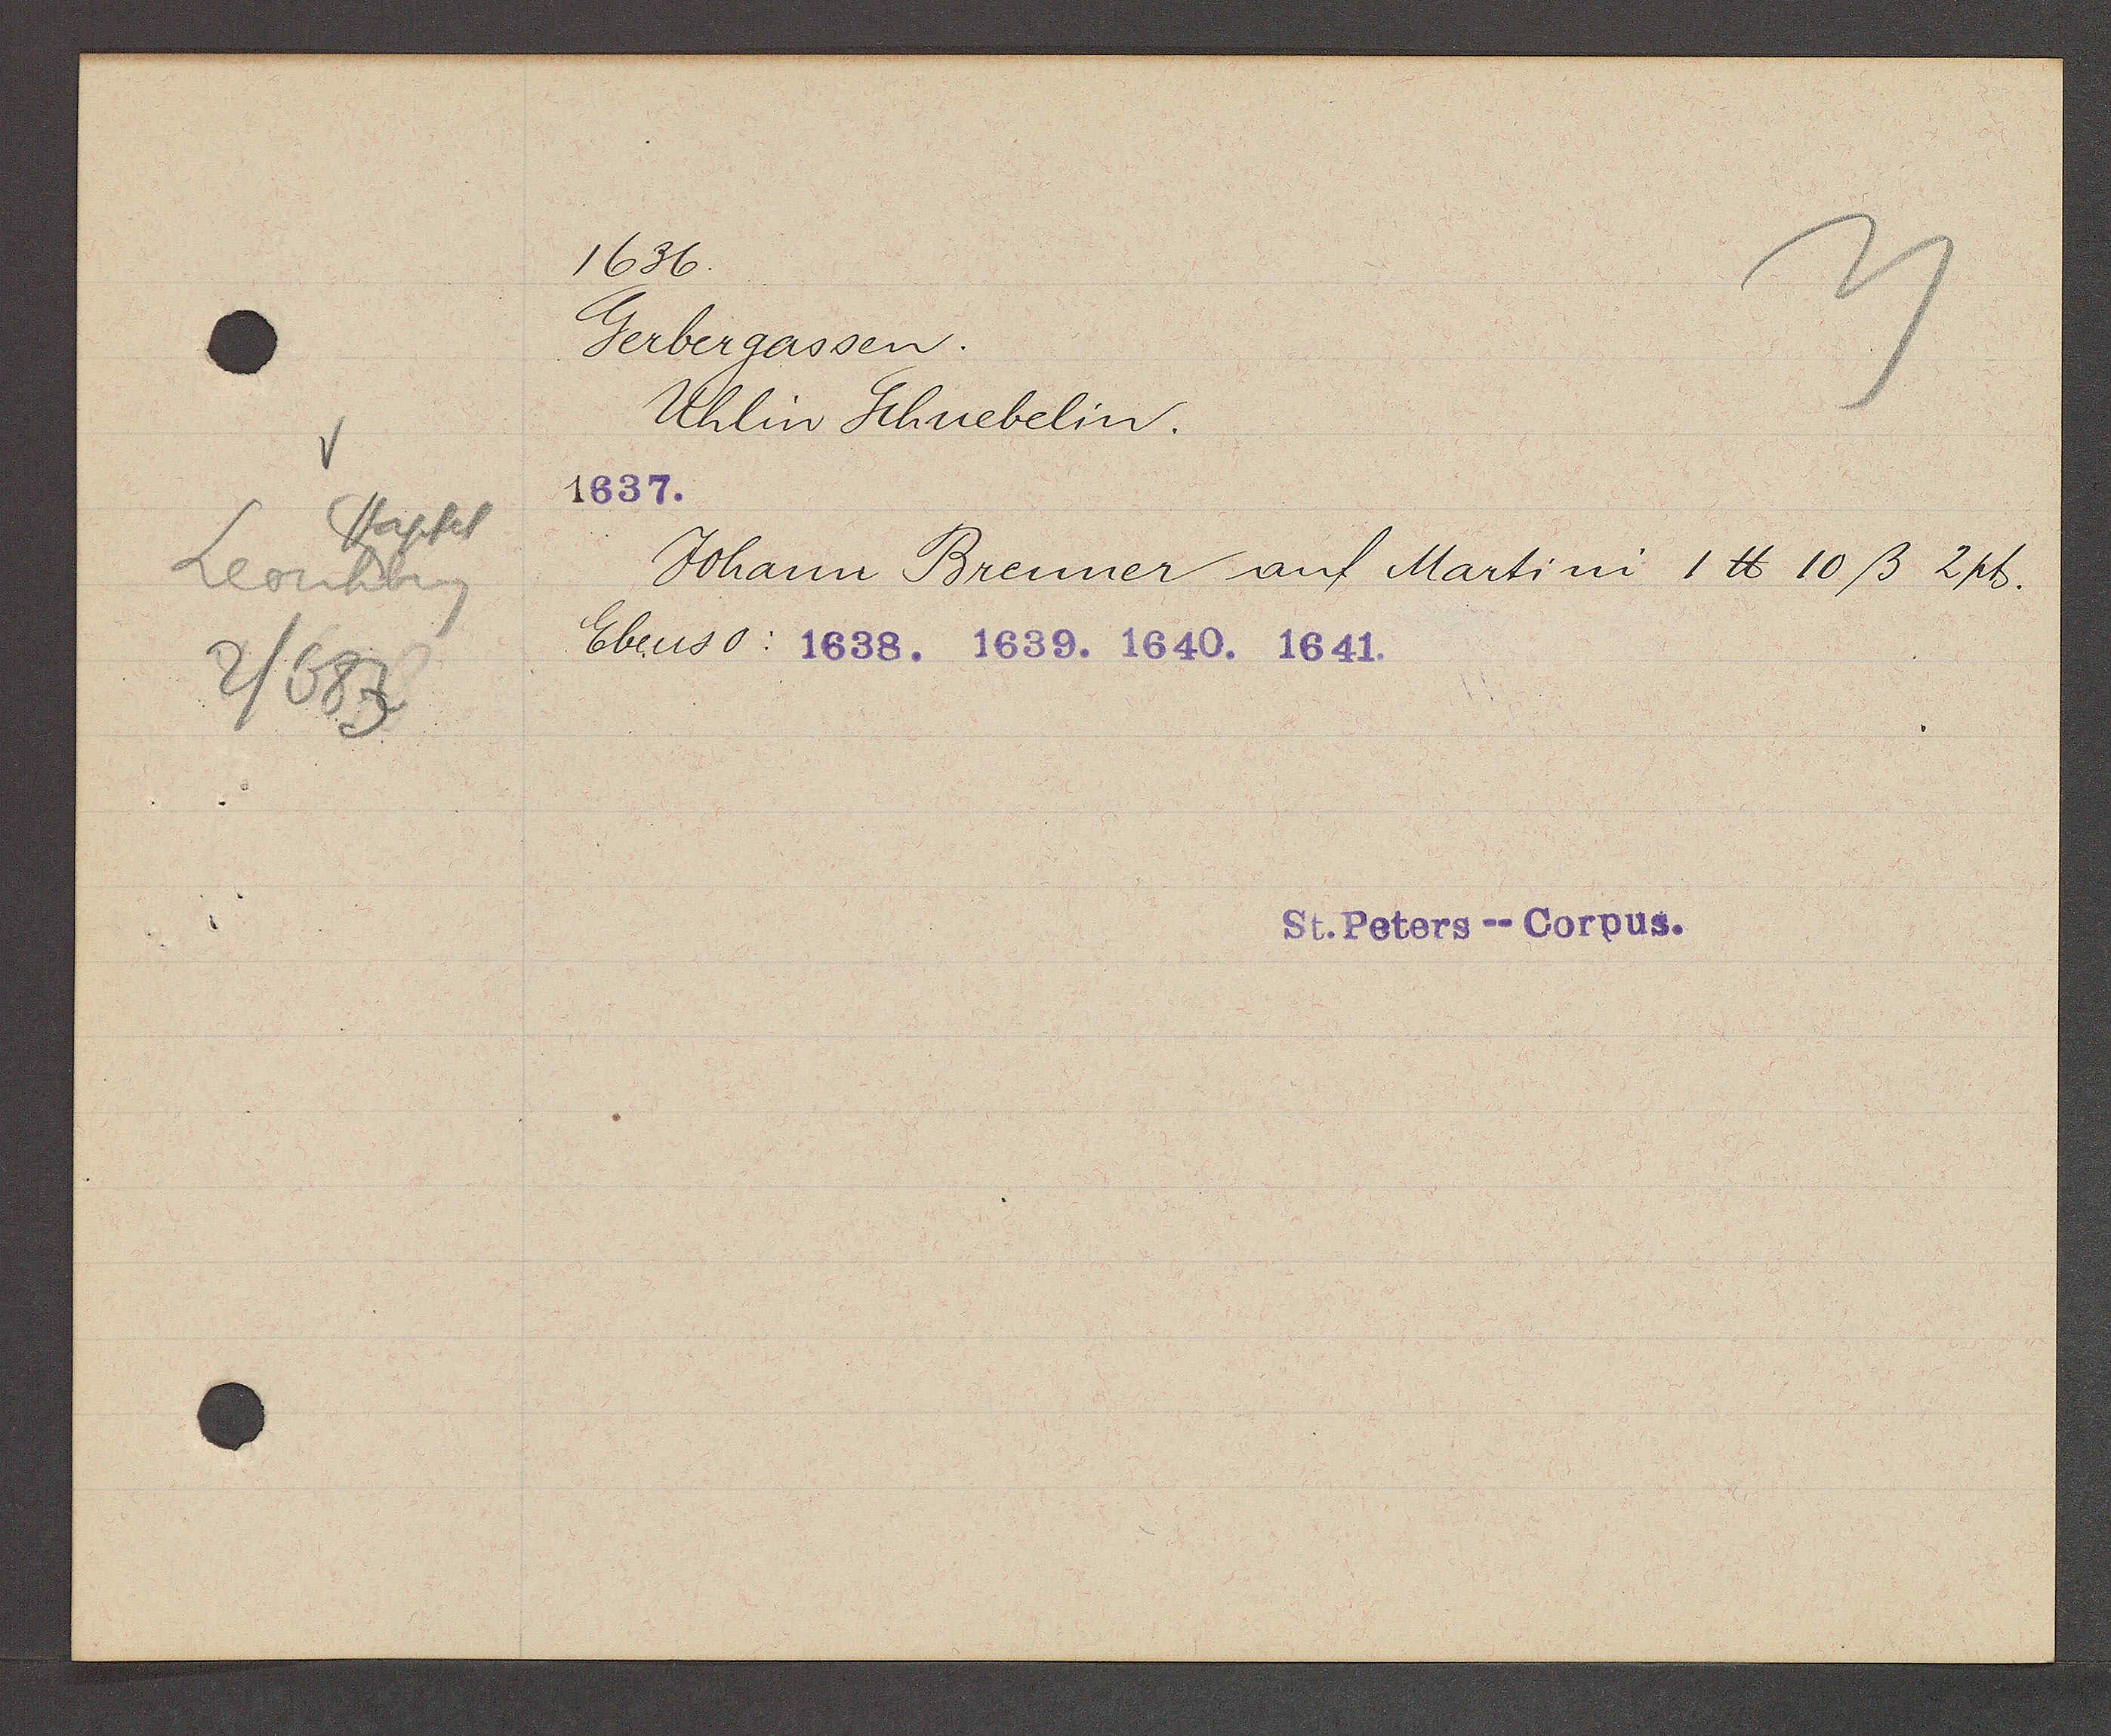
Transcript:
Stapfel
Leonhbrg
2/683

1636.

Gerbergassen.
Uhlin Schuebelin.
1637.
Johann Brenner auf Martini 1 ℔ 10ß 2pb.
Ebenso: 1638. 1639. 1640. 1641.

St. Peters--Corpus.